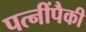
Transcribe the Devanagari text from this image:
पत्‍नींपैकी